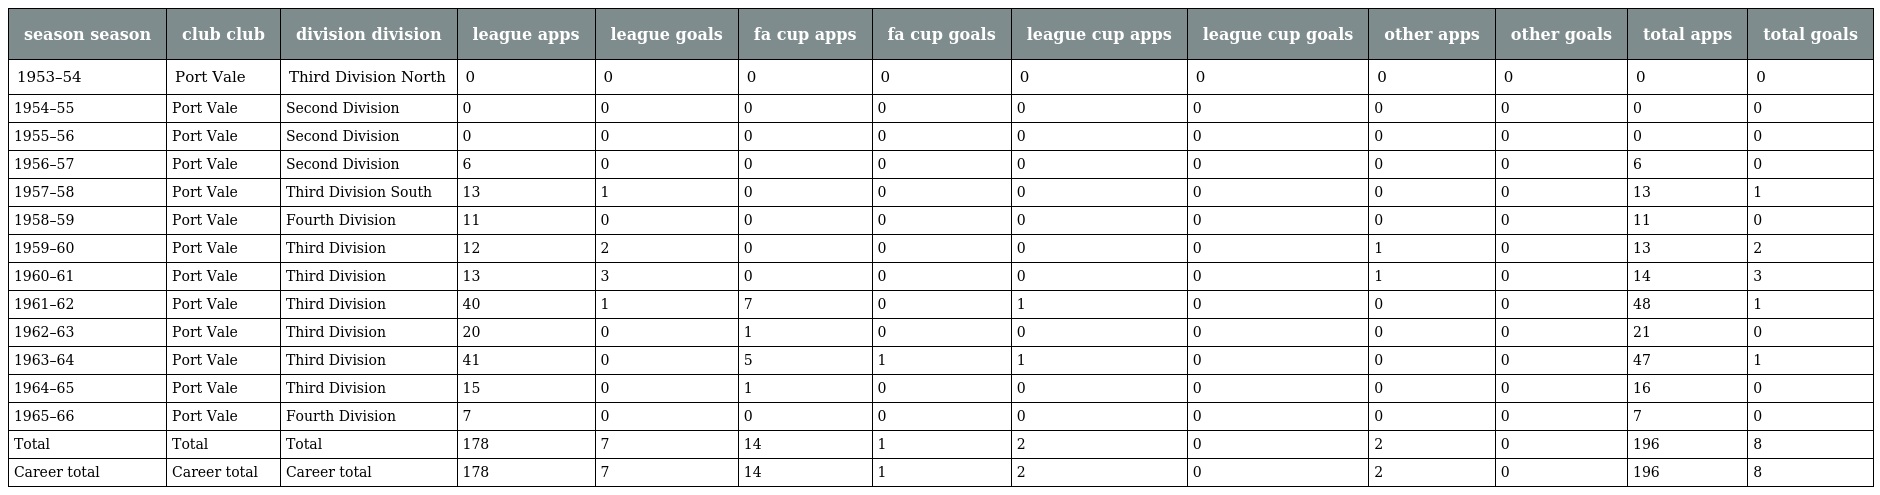
| season season | club club | division division | league apps | league goals | fa cup apps | fa cup goals | league cup apps | league cup goals | other apps | other goals | total apps | total goals |
 | --- | --- | --- | --- | --- | --- | --- | --- | --- | --- | --- | --- | --- |
 | 1953–54 | Port Vale | Third Division North | 0 | 0 | 0 | 0 | 0 | 0 | 0 | 0 | 0 | 0 |
 | 1954–55 | Port Vale | Second Division | 0 | 0 | 0 | 0 | 0 | 0 | 0 | 0 | 0 | 0 |
 | 1955–56 | Port Vale | Second Division | 0 | 0 | 0 | 0 | 0 | 0 | 0 | 0 | 0 | 0 |
 | 1956–57 | Port Vale | Second Division | 6 | 0 | 0 | 0 | 0 | 0 | 0 | 0 | 6 | 0 |
 | 1957–58 | Port Vale | Third Division South | 13 | 1 | 0 | 0 | 0 | 0 | 0 | 0 | 13 | 1 |
 | 1958–59 | Port Vale | Fourth Division | 11 | 0 | 0 | 0 | 0 | 0 | 0 | 0 | 11 | 0 |
 | 1959–60 | Port Vale | Third Division | 12 | 2 | 0 | 0 | 0 | 0 | 1 | 0 | 13 | 2 |
 | 1960–61 | Port Vale | Third Division | 13 | 3 | 0 | 0 | 0 | 0 | 1 | 0 | 14 | 3 |
 | 1961–62 | Port Vale | Third Division | 40 | 1 | 7 | 0 | 1 | 0 | 0 | 0 | 48 | 1 |
 | 1962–63 | Port Vale | Third Division | 20 | 0 | 1 | 0 | 0 | 0 | 0 | 0 | 21 | 0 |
 | 1963–64 | Port Vale | Third Division | 41 | 0 | 5 | 1 | 1 | 0 | 0 | 0 | 47 | 1 |
 | 1964–65 | Port Vale | Third Division | 15 | 0 | 1 | 0 | 0 | 0 | 0 | 0 | 16 | 0 |
 | 1965–66 | Port Vale | Fourth Division | 7 | 0 | 0 | 0 | 0 | 0 | 0 | 0 | 7 | 0 |
 | Total | Total | Total | 178 | 7 | 14 | 1 | 2 | 0 | 2 | 0 | 196 | 8 |
 | Career total | Career total | Career total | 178 | 7 | 14 | 1 | 2 | 0 | 2 | 0 | 196 | 8 |